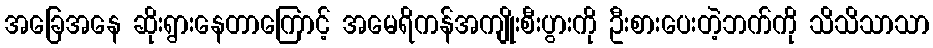
အခြေအနေ ဆိုးရွားနေတာကြောင့် အမေရိကန်အကျိုးစီးပွားကို ဦးစားပေးတဲ့ဘက်ကို သိသိသာသာ